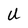
Character: U